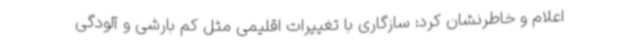
اعلام و خاطرنشان کرد: سازگاری با تغییرات اقلیمی مثل کم بارشی و آلودگی